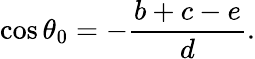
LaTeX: \cos\theta_{0}=-{\frac{b+c-e}{d}}.